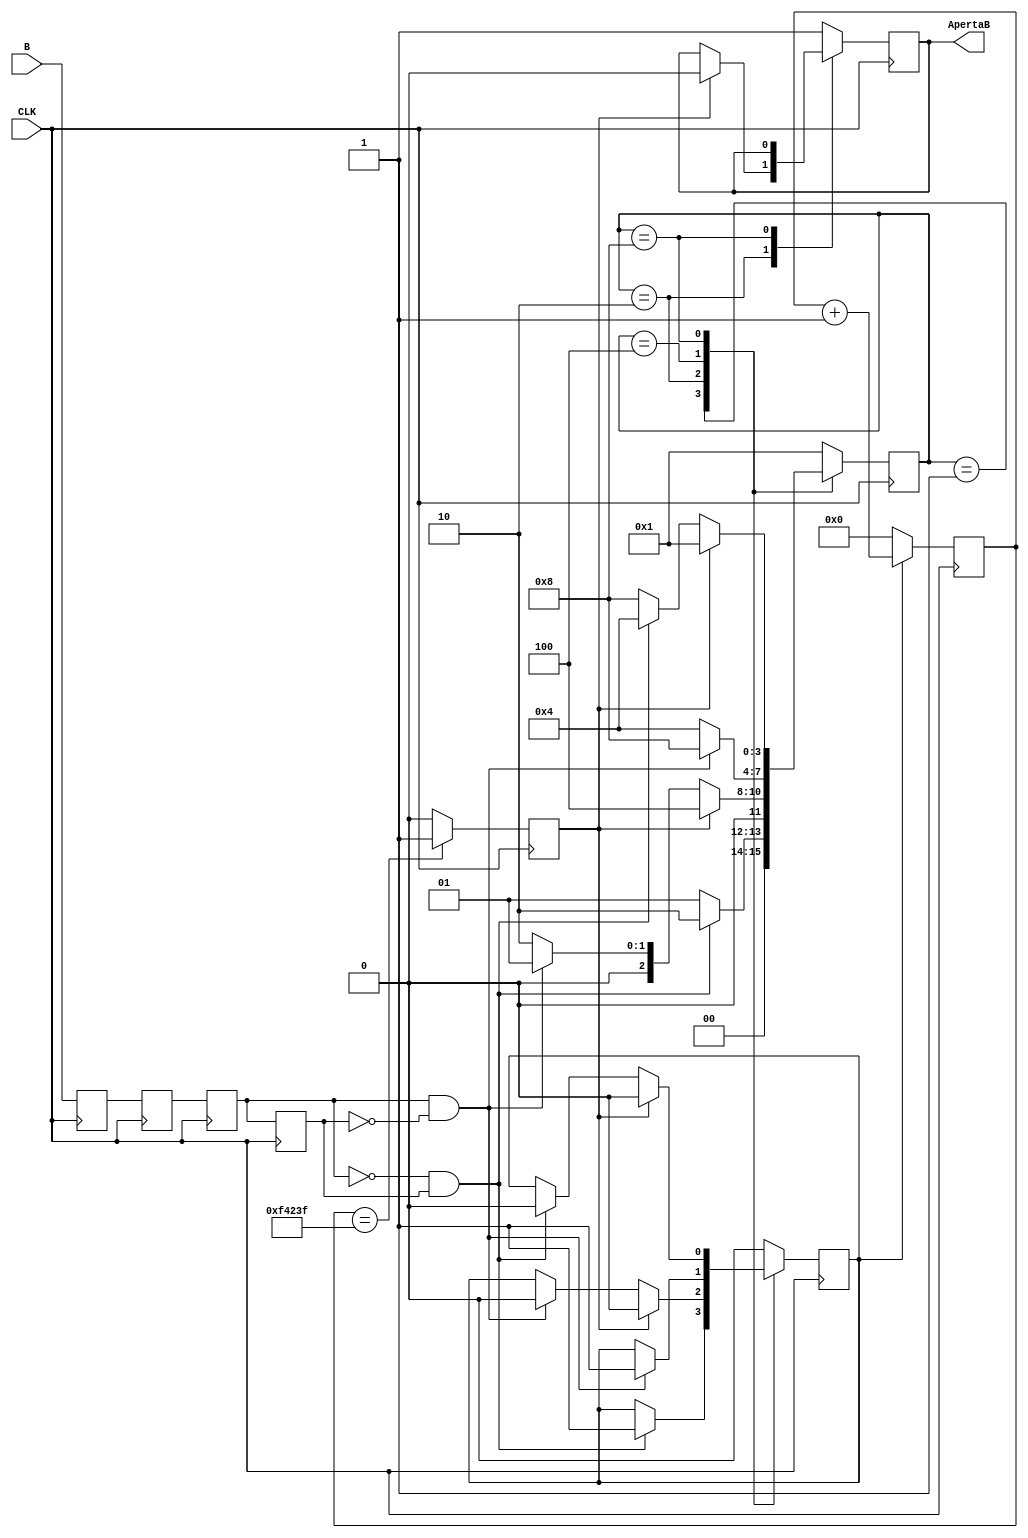
//NA NOSSA PLACA DE FPGA
//CLOCK = 50MHz (50.106 voltas por segundo)
//PERODO = 20ns (1 "volta" a cada 20.10-9 segundos)
//1 milho de "voltas" fica 20ms (20.10-3 segundos) //eu vi na internet que 1milho de "voltas" era o melhor tempo pra botar no count
 
 
module debounce(CLK,  B,ApertaB);
 
    input CLK;
    input B;            //o boto
    output reg ApertaB; //Apertou o boto
 
 
    //DEFINIR OS 4 ESTADOS DO BOTO
 
    parameter PARADO   = 4'b0001;  //ta parado (o boto ta no 1)
    parameter FILTRO1  = 4'b0010;  //o debounce de descida (quando aperta o boto)
    parameter APERTADO = 4'b0100;  //foi apertado (ta no 0)
    parameter FILTRO2  = 4'b1000;  //o debounce de subida (quando solta o boto)
 
    reg [19:0] Count; //isso vai contar ate 20ms
 
    reg EnableCount;
 
    reg B_1;
    reg B_2;
 
    always@(posedge CLK) begin
		B_1 <= B;
        B_2 <= B_1;
    end
 
 
    //VALORES TEMPORRIOS PRA CALCULAR O POSEDGE E NEGEDGE
 
    reg BTemp1;
    reg BTemp2;
 
    always@(posedge CLK ) begin
		BTemp1 <= B_2;
        BTemp2 <= BTemp1;
    end
 
 
    //CALCULANDO O POSEDGE E NEGEDGE
 
    wire Pedge; //posedge
    wire Nedge; //negedge
 
    assign Nedge = (!BTemp1) & BTemp2;
    assign Pedge = BTemp1 & (!BTemp2);
 
 
    //A MQUINA DE ESTADOS
 
    reg[3:0] estado;
    reg CountFull; //dizer se o count chegou nos 20ms
 
    always@(posedge CLK) begin
    
            case(estado)
                PARADO: begin //estado PARADO = no apertou nem soltou
                    ApertaB <= 1'b1;
                    if(Nedge) begin //se tiver negedge vai pro FILTRO1
                        estado <= FILTRO1;
                        EnableCount <= 1'b1;
                    end
                    else begin
                        estado <= PARADO;
                    end
                end
 
                FILTRO1: begin
                    if(CountFull) begin //se no FILTRO1, o count ficar full, significa que o Boto foi apertado
                        ApertaB <= 1'b0; //o boto foi apertado
                        EnableCount <= 1'b0;
                        estado <= APERTADO; //vai pra APERTADO
                    end
                    else if(Pedge) begin //se rolar um posedge, vai pra PARADO
                        estado <= PARADO;
                        EnableCount <= 1'b0;
                    end
                    else begin
                        estado <= FILTRO1;
                    end
                end
 
                APERTADO: begin
                    ApertaB <= 1'b1;
                    if(Pedge) begin //no estado APERTADO, se tiver posedge,  pra ir pro FILTRO2
                        estado <= FILTRO2;
                        EnableCount <= 1'b1;
                    end
                    else begin
                        estado <= APERTADO;
                    end
                end
 
                FILTRO2: begin
                    if(CountFull) begin //no FILTRO2, se o count chegar em 20ms, significa q o boto foi solto
                        EnableCount <= 1'b0;
                        estado <= PARADO; //soltou o boto, vai pra PARADO
                    end
                    else if(Nedge) begin
                        EnableCount <= 1'b0;
                        estado <= APERTADO;
                    end
                    else begin
                        estado <= FILTRO2;
                    end
                end
 
                default: begin
                    estado <= PARADO; //no default, vai pra PARADO
                    EnableCount <= 1'b0;
                    ApertaB <= 1'b1;
                end
            endcase
            
    end
 
    always@(posedge CLK) begin
        if(EnableCount) begin
            Count <= Count + 1'b1;
        end
        else begin
            Count <= 20'd0;
        end
    end
 
    always@(posedge CLK) begin
        if(Count == 999999) begin //Se o count chegar em 1milho (20ms) fica full
            CountFull <= 1'b1;
        end
        else begin
            CountFull <= 1'b0;
        end
    end
endmodule